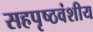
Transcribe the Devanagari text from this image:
सहपृष्ठवंशीय